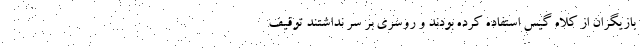
بازيگران از کلاه گيس استفاده کرده بودند و روسري بر سر نداشتند توقيف